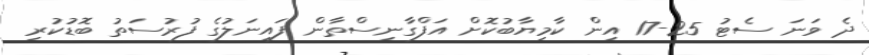
ދެ ވަނަ ސެޓު 25-17 އިން ކާމިޔާބުކޮށް އަފްގާނިސްތާން ފައިނަލުގެ ފުރުސަތު ބޮޑުކުރި